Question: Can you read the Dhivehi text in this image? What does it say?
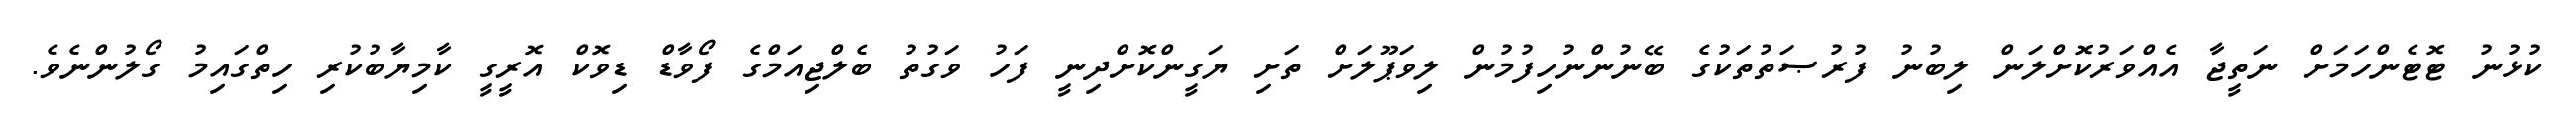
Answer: ކުޅުނު ޓޮޓެންހަމަށް ނަތީޖާ އެއްވަރުކޮށްލަން ލިބުނު ފުރުޞަތުތަކުގެ ބޭނުންނުހިފުމުން ލިވަޕޫލަށް ތަށި ޔަގީންކޮށްދިނީ ފަހު ވަގުތު ބެލްޖިއަމްގެ ފޯވާޑް ޑިވޮކް އޮރީގީ ކާމިޔާބުކުރި ހިތްގައިމު ގޯލުންނެވެ.